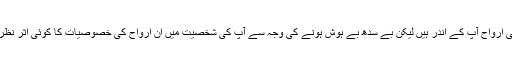
عالم بالا کی ارواح آپ کے اندر ہیں لیکن بے سدھ بے ہوش ہونے کی وجہ سے آپ کی شخصیت میں ان ارواح کی خصوصیات کا کوئی اثر نظر نہیں آرہا۔